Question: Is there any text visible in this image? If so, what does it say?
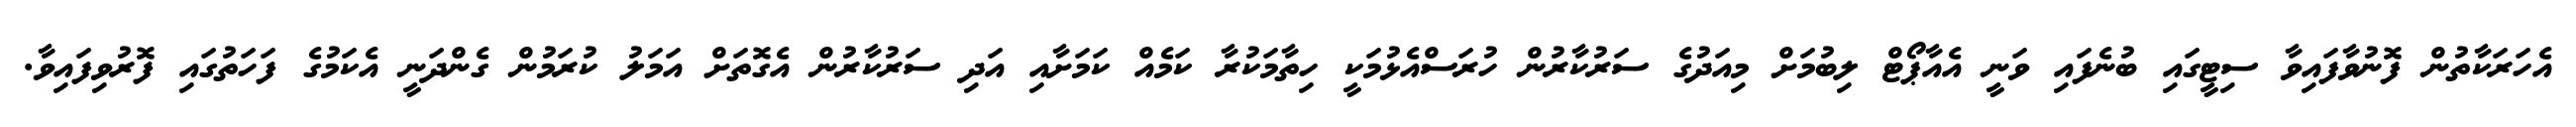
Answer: އެހަރަކާތުން ފޮނުވާފައިވާ ސިޓީގައި ބުނެފައި ވަނީ އެއާޕޯޓް ލިބުމަށް މިއަދުގެ ސަރުކާރުން ހުރަސްއެޅުމަކީ ހިތާމަކުރާ ކަމެއް ކަމަށާއި އަދި ސަރުކާރުން އެގޮތަށް އަމަލު ކުރަމުން ގެންދަނީ އެކަމުގެ ފަހަތުގައި ފޮރުވިފައިވާ.